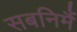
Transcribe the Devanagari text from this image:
सबनिमैं